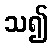
သ၍